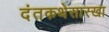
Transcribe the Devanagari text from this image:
दंतकथेसारखा